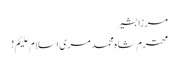
مرزا بشیر
محترم شاہ محمد مری اسلام علیکم!